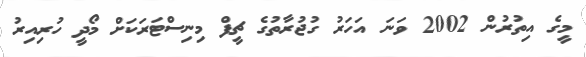
މީގެ އިތުރުން 2002 ވަނަ އަހަރު ގުޖުރާތުގެ ޗީފް މިނިސްޓަރަކަށް މޯދީ ހުރިއިރު